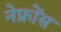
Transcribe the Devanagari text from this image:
नेफ्रोंस